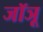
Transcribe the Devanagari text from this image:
जॉञू